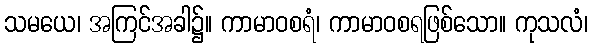
သမယေ၊ အကြင်အခါ၌။ ကာမာဝစရံ၊ ကာမာဝစရဖြစ်သော။ ကုသလံ၊